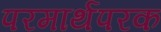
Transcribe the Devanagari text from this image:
परमार्थपरक